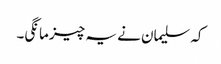
کہ سلیمان نے یہ چیز مانگی۔